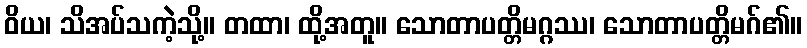
ဝိယ၊ သိအပ်သကဲ့သို့။ တထာ၊ ထို့အတူ။ သောတာပတ္တိမဂ္ဂဿ၊ သောတာပတ္တိမဂ်၏။